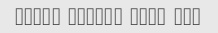
ghaza kheili sard bod